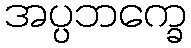
အပ္ပဘက္ခေ